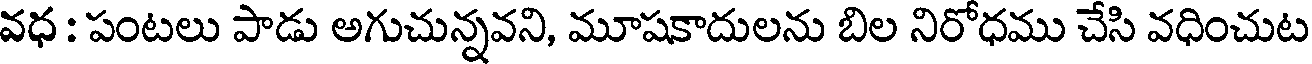
వధ : పంటలు పాడు అగుచున్నవని, మూషకాదులను బిల నిరోధము చేసి వధించుట